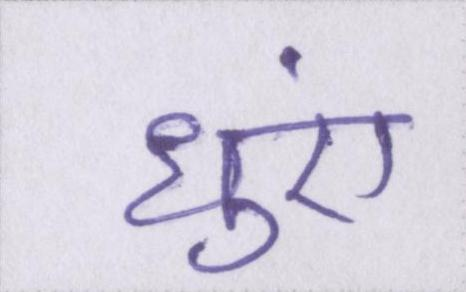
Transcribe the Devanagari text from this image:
धुएं